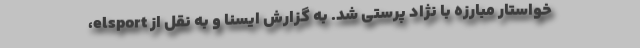
خواستار مبارزه با نژاد پرستی شد. به گزارش ایسنا و به نقل از elsport،